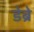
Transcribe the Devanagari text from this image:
डेब्रे